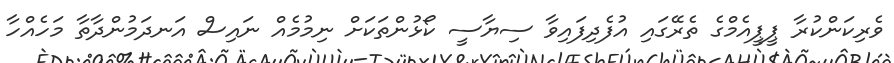
ވެރިކަންކުރާ ޕީޕީއެމްގެ ތެރޭގައި އުފެދިފައިވާ ސިޔާސީ ކޯޅުންތަކަށް ނިމުމެއް ނައިސް އަނދަމުންދާތާ މަހެއްހާ